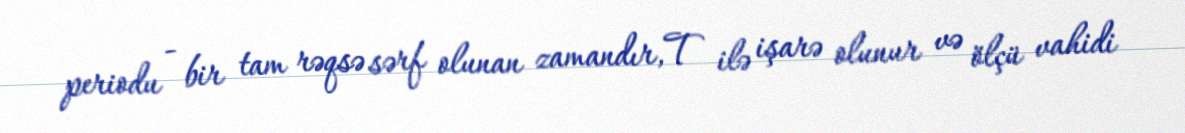
periodu - bir tam rəqsə sərf olunan zamandır,T ilə işarə olunur və ölçü vahidi